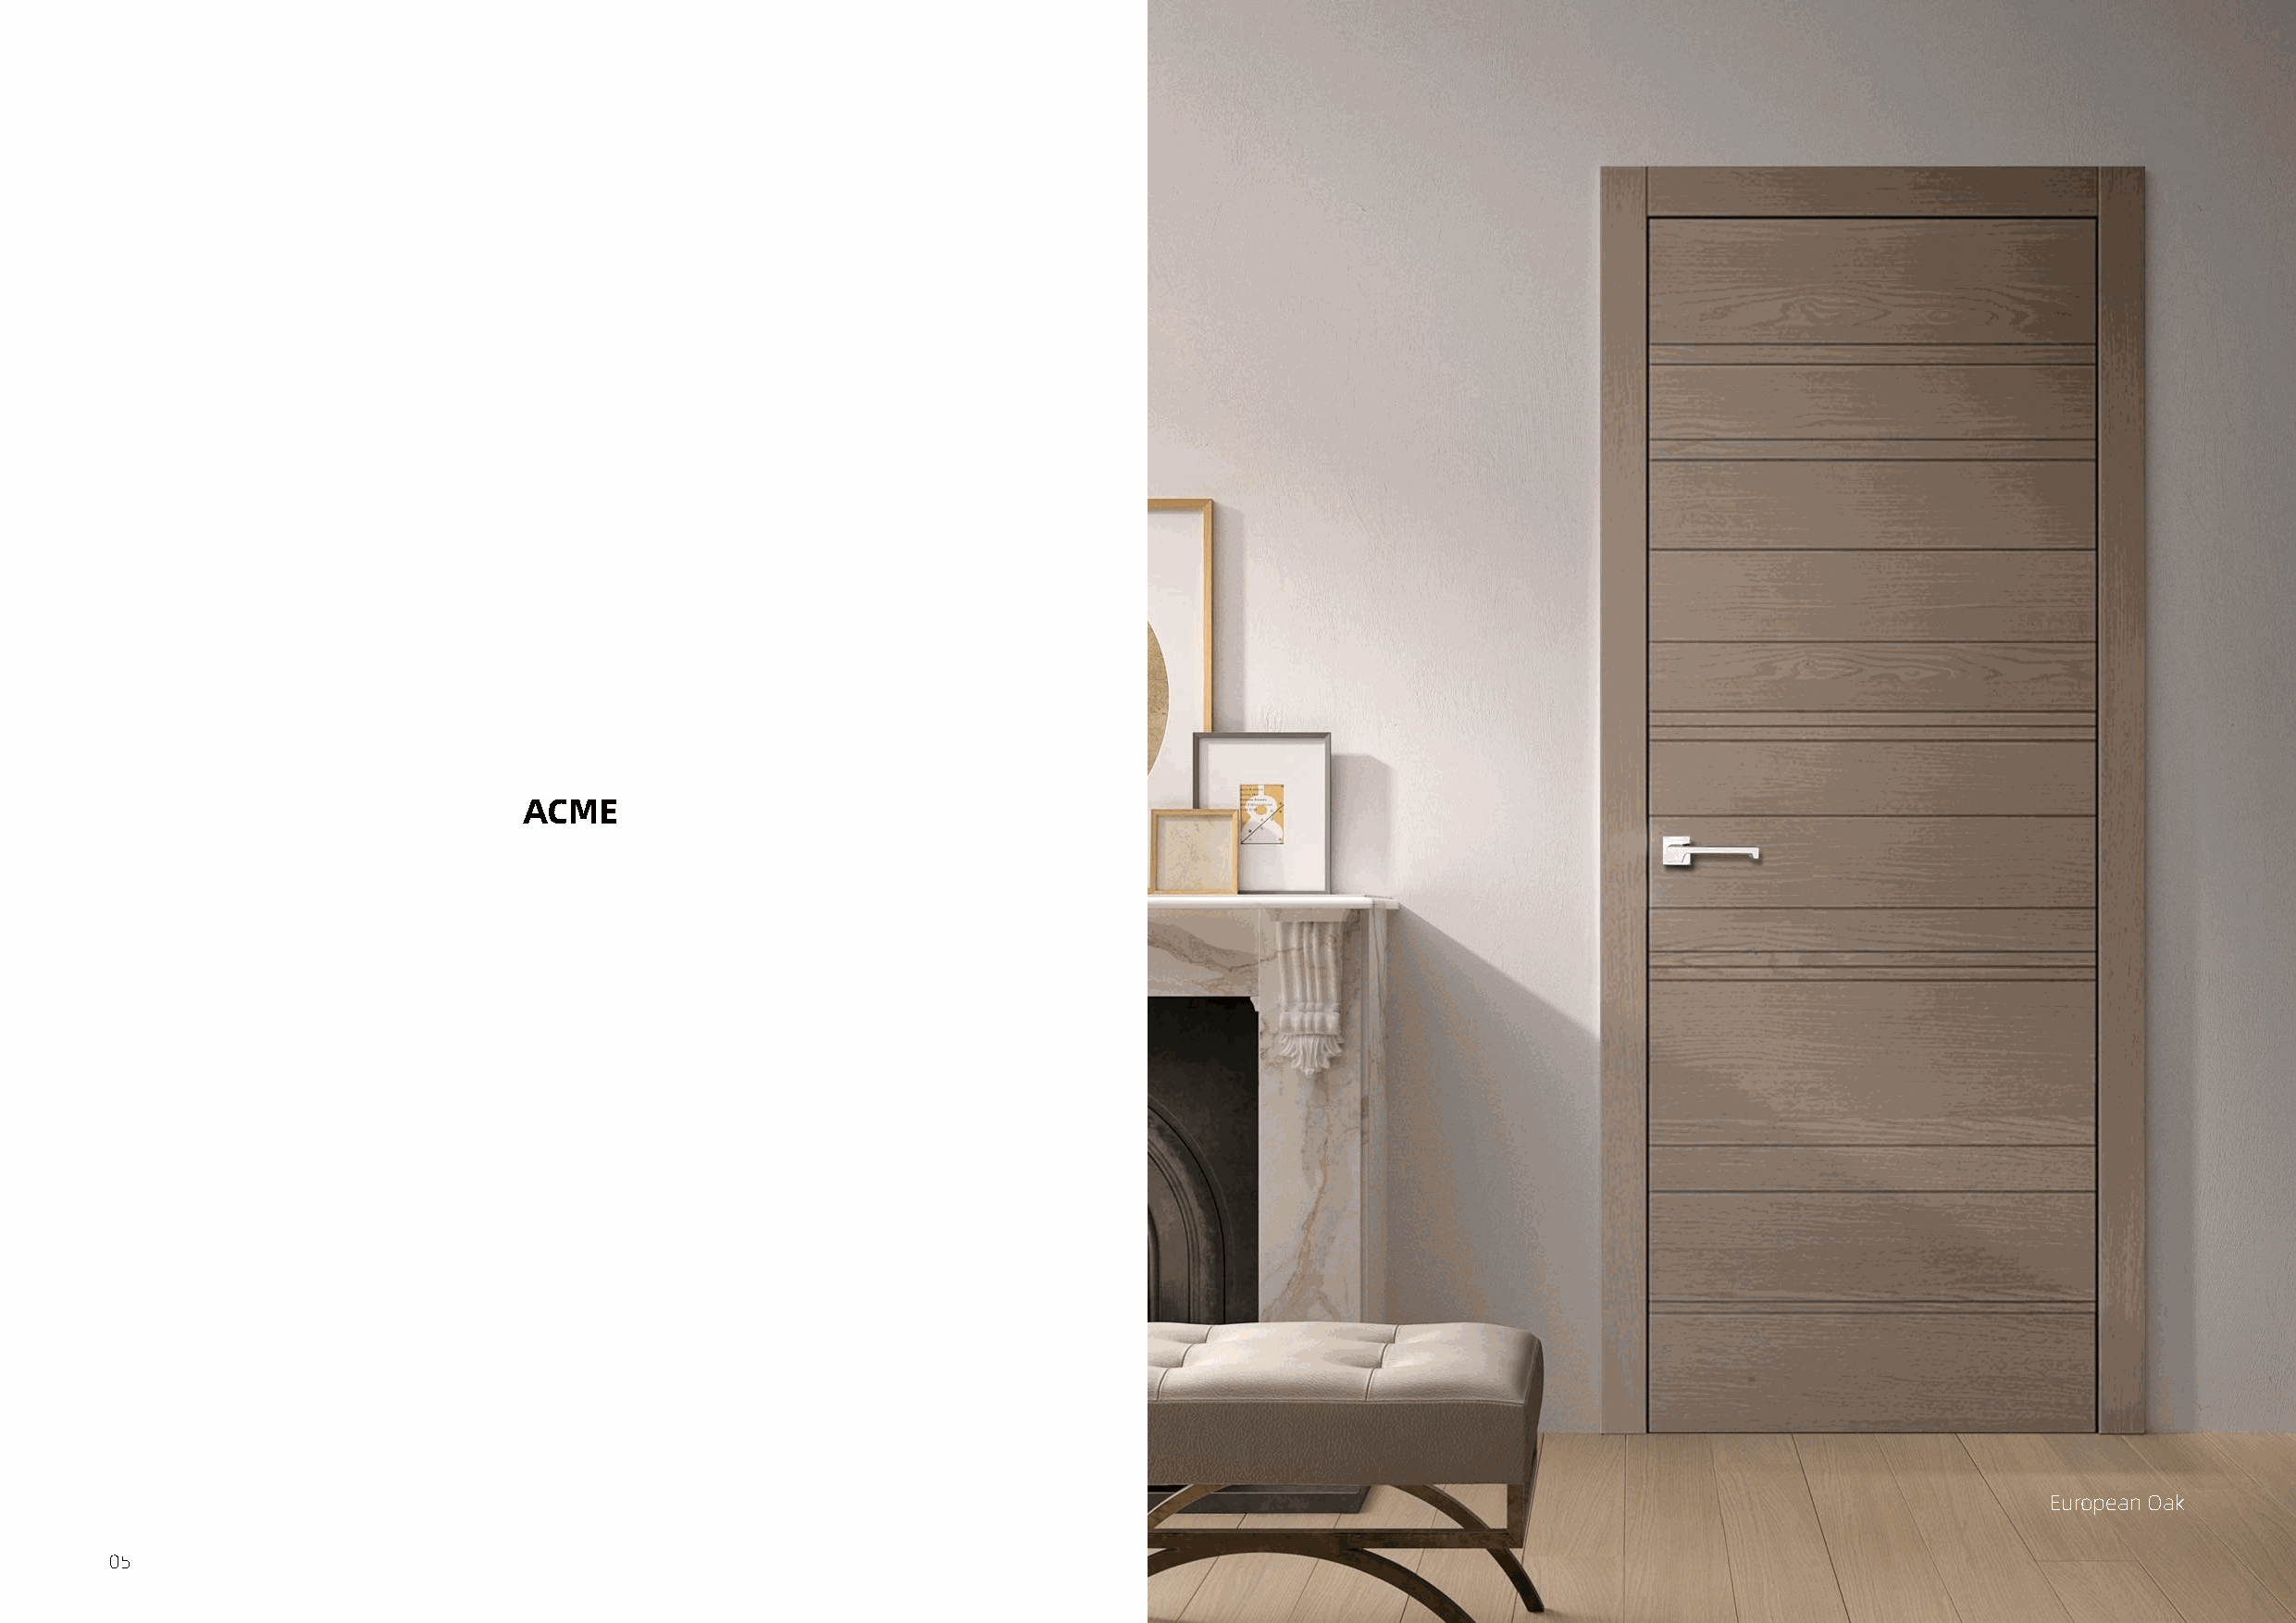
ACME
 European Oak
 05                                                                                                                                                 06